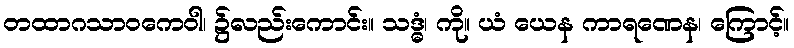
တထာဂသာဝကေဝါ၊ ၌လည်းကောင်း။ သဒ္ဓံ၊ ကို။ ယံ ယေန ကာရဏေန၊ ကြောင့်။